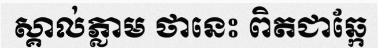
ស្គាល់ភ្លាម ថានេះ ពិតជាឆ្កែ